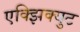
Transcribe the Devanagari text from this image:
एक्झिक्युट